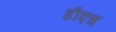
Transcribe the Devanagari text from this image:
डीएच